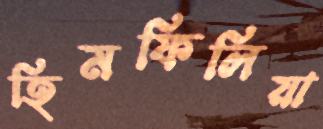
হিমফিলিয়া